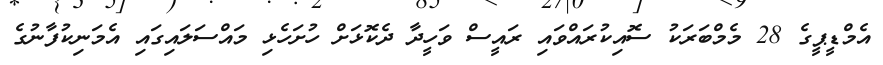
އެމްޑީޕީގެ 28 މެމްބަރަކު ސޮއިކުރައްވައި ރައީސް ވަހީދާ ދެކޮޅަށް ހުށަހެޅި މައްސަލައިގައި އެމަނިކުފާނުގެ